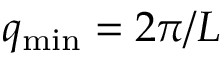
q _ { \mathrm { m i n } } = 2 \pi / L